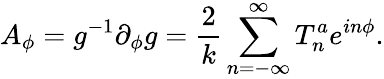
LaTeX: A_{\phi}=g^{-1}\partial_{\phi}g=\frac{2}{k}\sum_{n=-\infty}^{\infty}T_{n}^{a}e^{in\phi}.